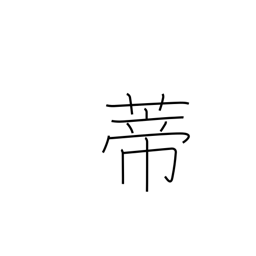
Meaning: peduncle